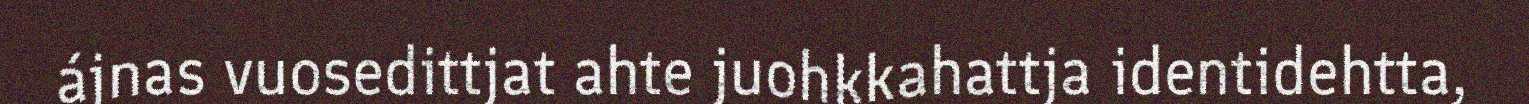
ájnas vuosedittjat ahte juohkkahattja identidehtta,